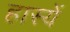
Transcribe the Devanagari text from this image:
हास्यें